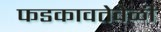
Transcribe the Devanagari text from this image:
फडकावतेवेळी